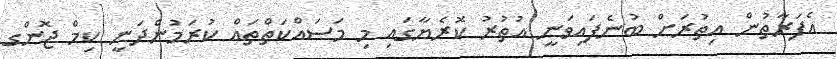
އެފަރާތުން އިތުރަށް ބުނެފައިވަނީ އުތުރު ކޮރެޔާގައި މި މަސައްކަތްތައް ކުރަމުންދަނީ ކިމް ޖޮންގ